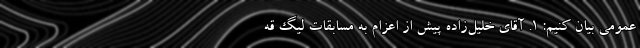
عمومی بیان کنیم: ۱. آقای خلیل‌زاده پیش از اعزام به مسابقات لیگ قه